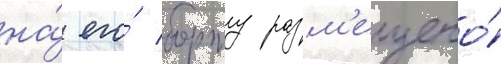
на́ его́ борту разм'ещено́